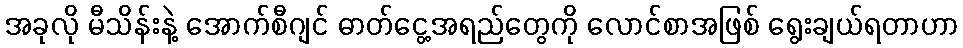
အခုလို မီသိန်းနဲ့ အောက်စီဂျင် ဓာတ်ငွေ့အရည်တွေကို လောင်စာအဖြစ် ရွေးချယ်ရတာဟာ